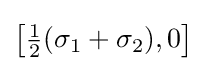
\left[{\tfrac {1}{2}}(\sigma _{1}+\sigma _{2}),0\right]